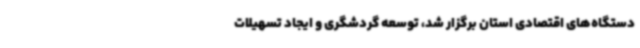
دستگاه‌های اقتصادی استان برگزار شد، توسعه گردشگری و ایجاد تسهیلات